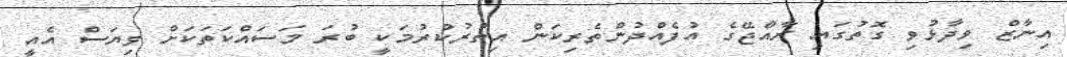
އިނާޒް ވިދާޅުވި ގޮތުގައި ރާއްޖޭގެ އުފެއްދުންތެރިކަން އިތުރުކުރުމަކީ ބުރަ މަސައްކަތަކަށް ވިޔަސް އެއީ